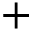
+